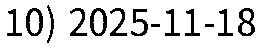
10) 2025-11-18